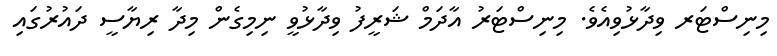
މިނިސްޓަރ ވިދާޅުވިއެވެ. މިނިސްޓަރު އާދަމް ޝަރީފު ވިދާޅުވީ ނިމިގެން މިދާ ރިޔާސީ ދައުރުގައި